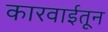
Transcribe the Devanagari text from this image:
कारवाईतून